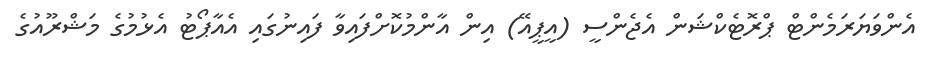
އެންވަޔަރަމެންޓް ޕްރޮޓެކްޝަން އެޖެންސީ (އީޕީއޭ) އިން އާންމުކޮށްފައިވާ ފައިނުގައި އެއާޕޯޓު އެޅުމުގެ މަޝްރޫއުގެ